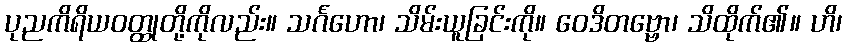
ပုညကိရိယဝတ္ထုတို့ကိုလည်း။ သင်္ဂဟော၊ သိမ်းယူခြင်းကို။ ဝေဒိတဗ္ဗော၊ သိထိုက်၏။ ဟိ၊